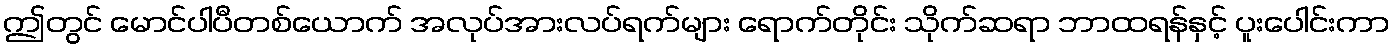
ဤတွင် မောင်ပါပီတစ်ယောက် အလုပ်အားလပ်ရက်များ ရောက်တိုင်း သိုက်ဆရာ ဘာထရန်နှင့် ပူးပေါင်းကာ